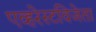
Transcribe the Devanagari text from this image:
एव्हरेस्टविजेता